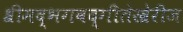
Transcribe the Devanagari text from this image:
श्रीमद्‌भगवद्‌गीतेखेरीज